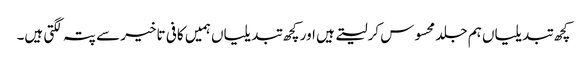
کچھ تبدیلیاں ہم جلد محسوس کرلیتے ہیں اور کچھ تبدیلیاں ہمیں کافی تاخیر سے پتہ لگتی ہیں۔